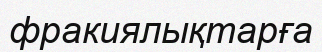
фракиялықтарға